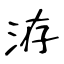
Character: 洊